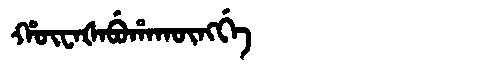
Manchu: ᡥᡡᠸᠠᡧᠠᠪᡠᡥᠠᡴᡡᠩᡤᡝ
Romanization: HŪWAŠABUHAKŪNGGE